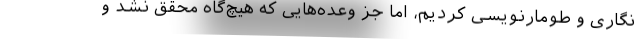
‌نگاری و طومارنویسی کردیم، اما جز وعده‌هایی که هیچ‌گاه محقق نشد و